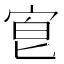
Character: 𡨇